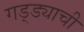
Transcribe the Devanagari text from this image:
गड्ड्याची